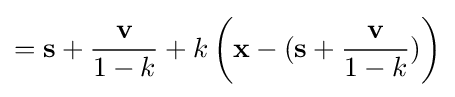
=\mathbf {s} +{\frac {\mathbf {v} }{1-k}}+k\left(\mathbf {x} -(\mathbf {s} +{\frac {\mathbf {v} }{1-k}})\right)